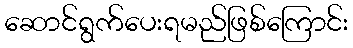
ဆောင်ရွက်ပေးရမည်ဖြစ်ကြောင်း